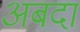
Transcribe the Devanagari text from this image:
अबदा